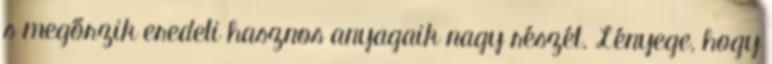
s megőrzik eredeti hasznos anyagaik nagy részét. Lényege, hogy